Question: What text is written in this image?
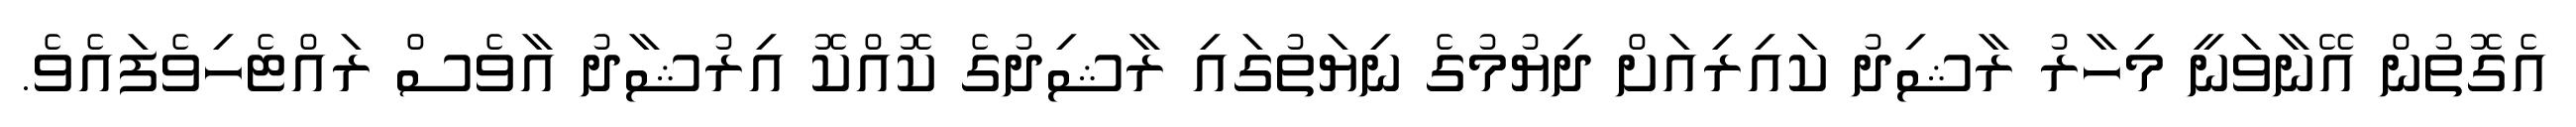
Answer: އެގޮތުން އޭނާވަނީ މިހާރު ރާޝިދު ކައިރިއަށް ދިޔުމުގެ ނިޔަތުގައި ރާޝިދުގެ ކޮއްކޮ އިރުޝާދު އާވެސް ރައްޓެހިވެފައެވެ.